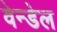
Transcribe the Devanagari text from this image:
वेन्डेल